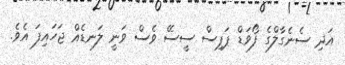
އަދި ސެނެގާލްގެ ފޯވަޑް ޕަޕިސް ސީސޭ ވެސް ވަނީ ލަނޑެއް ޖަހައިފަ އެވެ.